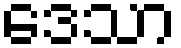
ဒေသာ